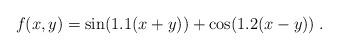
LaTeX: \begin{align*}f(x,y)=\sin(1.1(x+y))+\cos(1.2(x-y))\;.\end{align*}